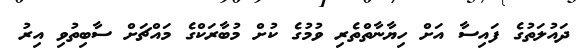
ދައުލަތުގެ ފައިސާ އަށް ހިޔާނާތްތެރި ވުމުގެ ކުށް މުބާރަކްގެ މައްޗަށް ސާބިތުވި އިރު